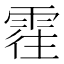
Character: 𲉾